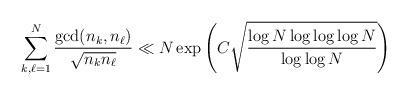
LaTeX: \begin{align*}\sum_{k,{\ell}=1}^N\frac{\gcd(n_k,n_{\ell})}{\sqrt{n_kn_{\ell}}} \ll N\exp\left(C\sqrt{\frac{\log N \log\log\log N}{\log\log N}}\right)\end{align*}